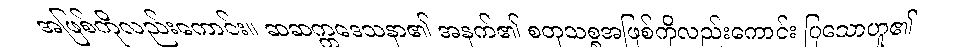
အဖြစ်ကိုလည်းကောင်း။ ဆဆက္ကဒေသနာ၏ အနက်၏ စတုသစ္စအဖြစ်ကိုလည်းကောင်း ပြသောဟူ၏